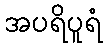
အပရိပူရံ